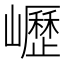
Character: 㠣